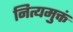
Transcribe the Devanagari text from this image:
नित्यमुक्तं